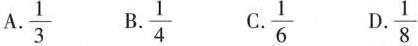
A.\frac{1}{3} B.\frac{1}{4} C.\frac{1}{6} D.\frac{1}{8}